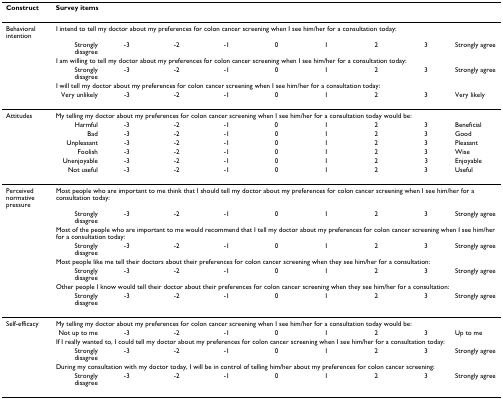
<table><thead><tr><td><b>Construct</b></td><td colspan="9"><b>Survey items</b></td></tr></thead><tbody><tr><td>Behavioral intention</td><td colspan="9">I intend to tell my doctor about my preferences for colon cancer screening when I see him/her for a consultation today:</td></tr><tr><td></td><td>Strongly disagree</td><td>-3</td><td>-2</td><td>-1</td><td>0</td><td>1</td><td>2</td><td>3</td><td>Strongly agree</td></tr><tr><td></td><td colspan="9">I am willing to tell my doctor about my preferences for colon cancer screening when I see him/her for a consultation today:</td></tr><tr><td></td><td>Strongly disagree</td><td>-3</td><td>-2</td><td>-1</td><td>0</td><td>1</td><td>2</td><td>3</td><td>Strongly agree</td></tr><tr><td></td><td colspan="9">I will tell my doctor about my preferences for colon cancer screening when I see him/her for a consultation today:</td></tr><tr><td></td><td>Very unlikely</td><td>-3</td><td>-2</td><td>-1</td><td>0</td><td>1</td><td>2</td><td>3</td><td>Very likely</td></tr><tr><td>Attitudes</td><td colspan="9">My telling my doctor about my preferences for colon cancer screening when I see him/her for a consultation today would be:</td></tr><tr><td></td><td>Harmful</td><td>-3</td><td>-2</td><td>-1</td><td>0</td><td>1</td><td>2</td><td>3</td><td>Beneficial</td></tr><tr><td></td><td>Bad</td><td>-3</td><td>-2</td><td>-1</td><td>0</td><td>1</td><td>2</td><td>3</td><td>Good</td></tr><tr><td></td><td>Unpleasant</td><td>-3</td><td>-2</td><td>-1</td><td>0</td><td>1</td><td>2</td><td>3</td><td>Pleasant</td></tr><tr><td></td><td>Foolish</td><td>-3</td><td>-2</td><td>-1</td><td>0</td><td>1</td><td>2</td><td>3</td><td>Wise</td></tr><tr><td></td><td>Unenjoyable</td><td>-3</td><td>-2</td><td>-1</td><td>0</td><td>1</td><td>2</td><td>3</td><td>Enjoyable</td></tr><tr><td></td><td>Not useful</td><td>-3</td><td>-2</td><td>-1</td><td>0</td><td>1</td><td>2</td><td>3</td><td>Useful</td></tr><tr><td>Perceived normative pressure</td><td colspan="9">Most people who are important to me think that I should tell my doctor about my preferences for colon cancer screening when I see him/her for a consultation today:</td></tr><tr><td></td><td>Strongly disagree</td><td>-3</td><td>-2</td><td>-1</td><td>0</td><td>1</td><td>2</td><td>3</td><td>Strongly agree</td></tr><tr><td></td><td colspan="9">Most of the people who are important to me would recommend that I tell my doctor about my preferences for colon cancer screening when I see him/her for a consultation today:</td></tr><tr><td></td><td>Strongly disagree</td><td>-3</td><td>-2</td><td>-1</td><td>0</td><td>1</td><td>2</td><td>3</td><td>Strongly agree</td></tr><tr><td></td><td colspan="9">Most people like me tell their doctors about their preferences for colon cancer screening when they see him/her for a consultation:</td></tr><tr><td></td><td>Strongly disagree</td><td>-3</td><td>-2</td><td>-1</td><td>0</td><td>1</td><td>2</td><td>3</td><td>Strongly agree</td></tr><tr><td></td><td colspan="9">Other people I know would tell their doctor about their preferences for colon cancer screening when they see him/her for a consultation:</td></tr><tr><td></td><td>Strongly disagree</td><td>-3</td><td>-2</td><td>-1</td><td>0</td><td>1</td><td>2</td><td>3</td><td>Strongly agree</td></tr><tr><td>Self-efficacy</td><td colspan="9">My telling my doctor about my preferences for colon cancer screening when I see him/her for a consultation today would be:</td></tr><tr><td></td><td>Not up to me</td><td>-3</td><td>-2</td><td>-1</td><td>0</td><td>1</td><td>2</td><td>3</td><td>Up to me</td></tr><tr><td></td><td colspan="9">If I really wanted to, I could tell my doctor about my preferences for colon cancer screening when I see him/her for a consultation today:</td></tr><tr><td></td><td>Strongly disagree</td><td>-3</td><td>-2</td><td>-1</td><td>0</td><td>1</td><td>2</td><td>3</td><td>Strongly agree</td></tr><tr><td></td><td colspan="9">During my consultation with my doctor today, I will be in control of telling him/her about my preferences for colon cancer screening:</td></tr><tr><td></td><td>Strongly disagree</td><td>-3</td><td>-2</td><td>-1</td><td>0</td><td>1</td><td>2</td><td>3</td><td>Strongly agree</td></tr></tbody></table>